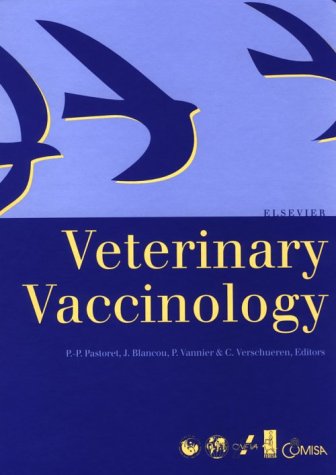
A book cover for Veterinary Vaccinology; P. P. Pastoret; Medical Books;